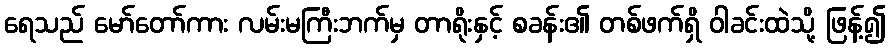
ရေသည် မော်တော်ကား လမ်းမကြီးဘက်မှ တာရိုးနှင့် စခန်း၏ တစ်ဖက်ရှိ ဝါခင်းထဲသို့ ဖြန့်၍